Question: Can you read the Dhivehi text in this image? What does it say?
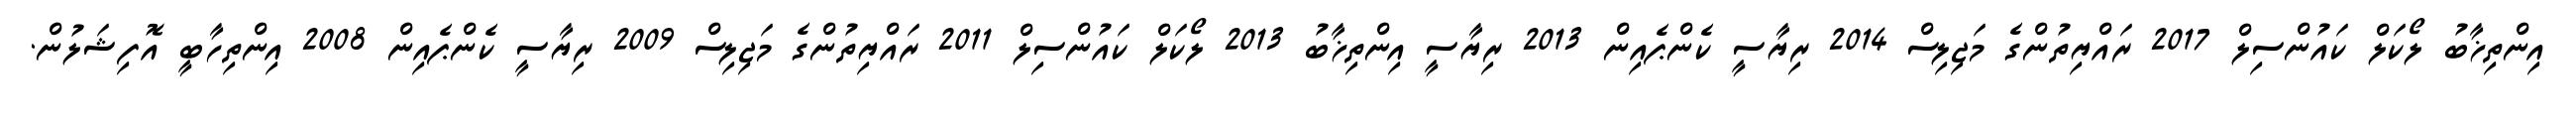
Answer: އިންތިޚާބު ލޯކަލް ކައުންސިލް 2017 ރައްޔިތުންގެ މަޖިލިސް 2014 ރިޔާސީ ކެންޕެއިން 2013 ރިޔާސީ އިންތިޚާބު 2013 ލޯކަލް ކައުންސިލް 2011 ރައްޔިތުންގެ މަޖިލިސް 2009 ރިޔާސީ ކެންޕެއިން 2008 އިންތިހާބީ އޮފިޝަލުން.